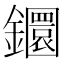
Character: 𨯬